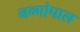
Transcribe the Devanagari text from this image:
नव्गोपाल